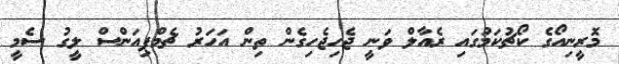
މޮރީނިއޯގެ ކޯޗުކަމުގައި ރެއާލް ވަނީ ޖެހިޖެހިގެން ތިން އަހަރު ޗެމްޕިއަންސް ލީގު ސެމީ